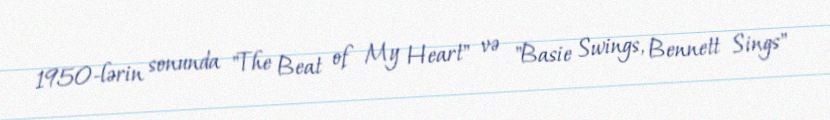
1950-lərin sonunda "The Beat of My Heart" və "Basie Swings, Bennett Sings"